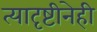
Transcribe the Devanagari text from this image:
त्यादृष्टीनेही